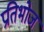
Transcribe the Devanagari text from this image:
प्रतिभोज